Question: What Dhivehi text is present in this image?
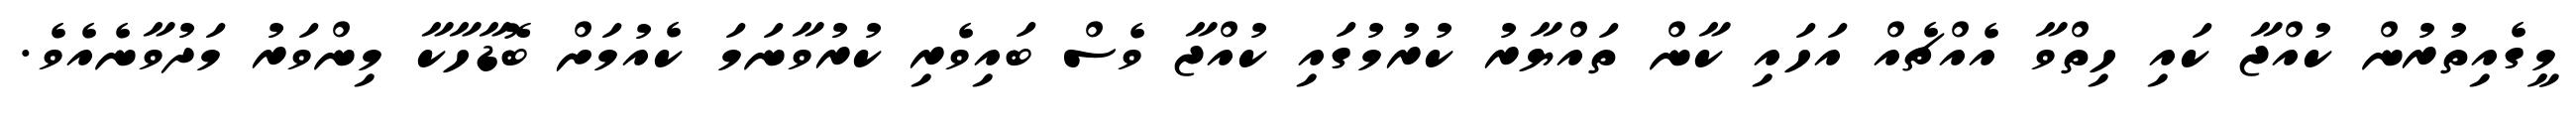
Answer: މީގެއިތުރުން ކުއްޖާ ކައި ހިތްވާ އެއްޗެއް އަހައި ކާން ތައްޔާރު ކުރުމުގައި ކުއްޖާ ވެސް ބައިވެރި ކުރުވާނަމަ ކެއުމަށް ބޮޑާހާކާ މިންވަރު މަދުވާނެއެވެ.